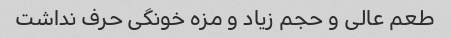
طعم عالی و حجم زیاد و مزه خونگی حرف نداشت